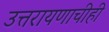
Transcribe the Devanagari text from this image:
उत्तरायणाचीही